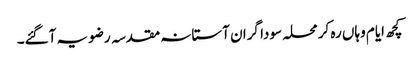
کچھ ایام وہاں رہ کر محلہ سودا گران آستانہ مقدسہ رضویہ آگئے۔